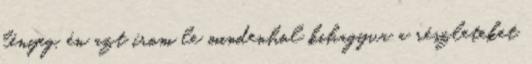
lényeg, én azt írom le mindenhol kihagyva a részleteket